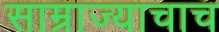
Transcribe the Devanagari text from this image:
साम्राज्याचाच